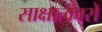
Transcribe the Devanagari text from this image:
साक्षात्कारो